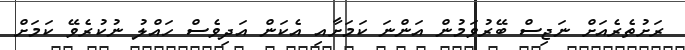
ރަށުތެރެއަށް ނަޖިސް ބޭރުވަމުން އަންނަ ކަމަށާއި އެކަން އަދިވެސް ހައްލު ނުކުރެވޭ ކަމަށް